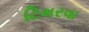
ટિમરવા